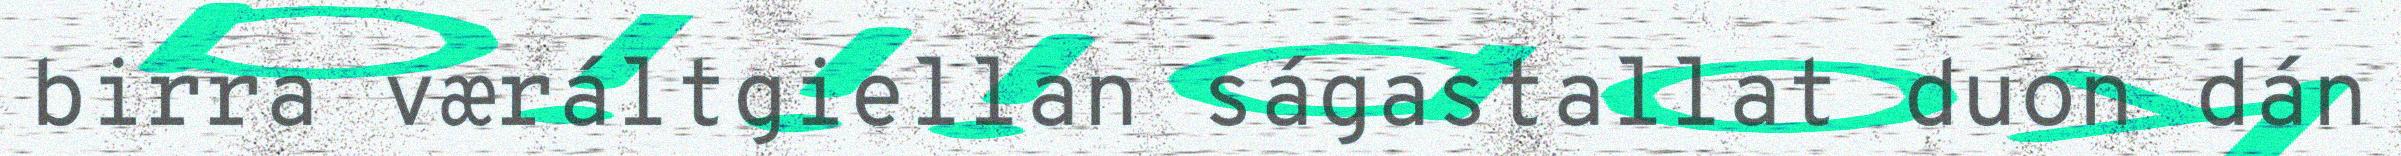
birra væráltgiellan ságastallat duon dán